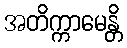
အတိက္ကာမေန္တိ